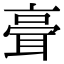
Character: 𦕺